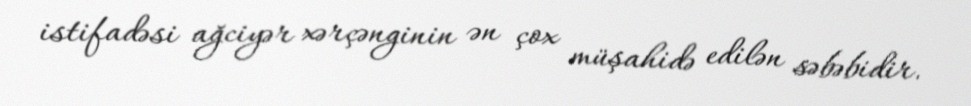
istifadəsi ağciyər xərçənginin ən çox müşahidə edilən səbəbidir.